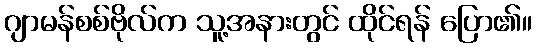
ဂျာမန်စစ်ဗိုလ်က သူ့အနားတွင် ထိုင်ရန် ပြော၏။